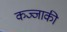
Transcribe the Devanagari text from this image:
कज्जाकी